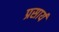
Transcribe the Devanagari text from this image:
प्रसार्य